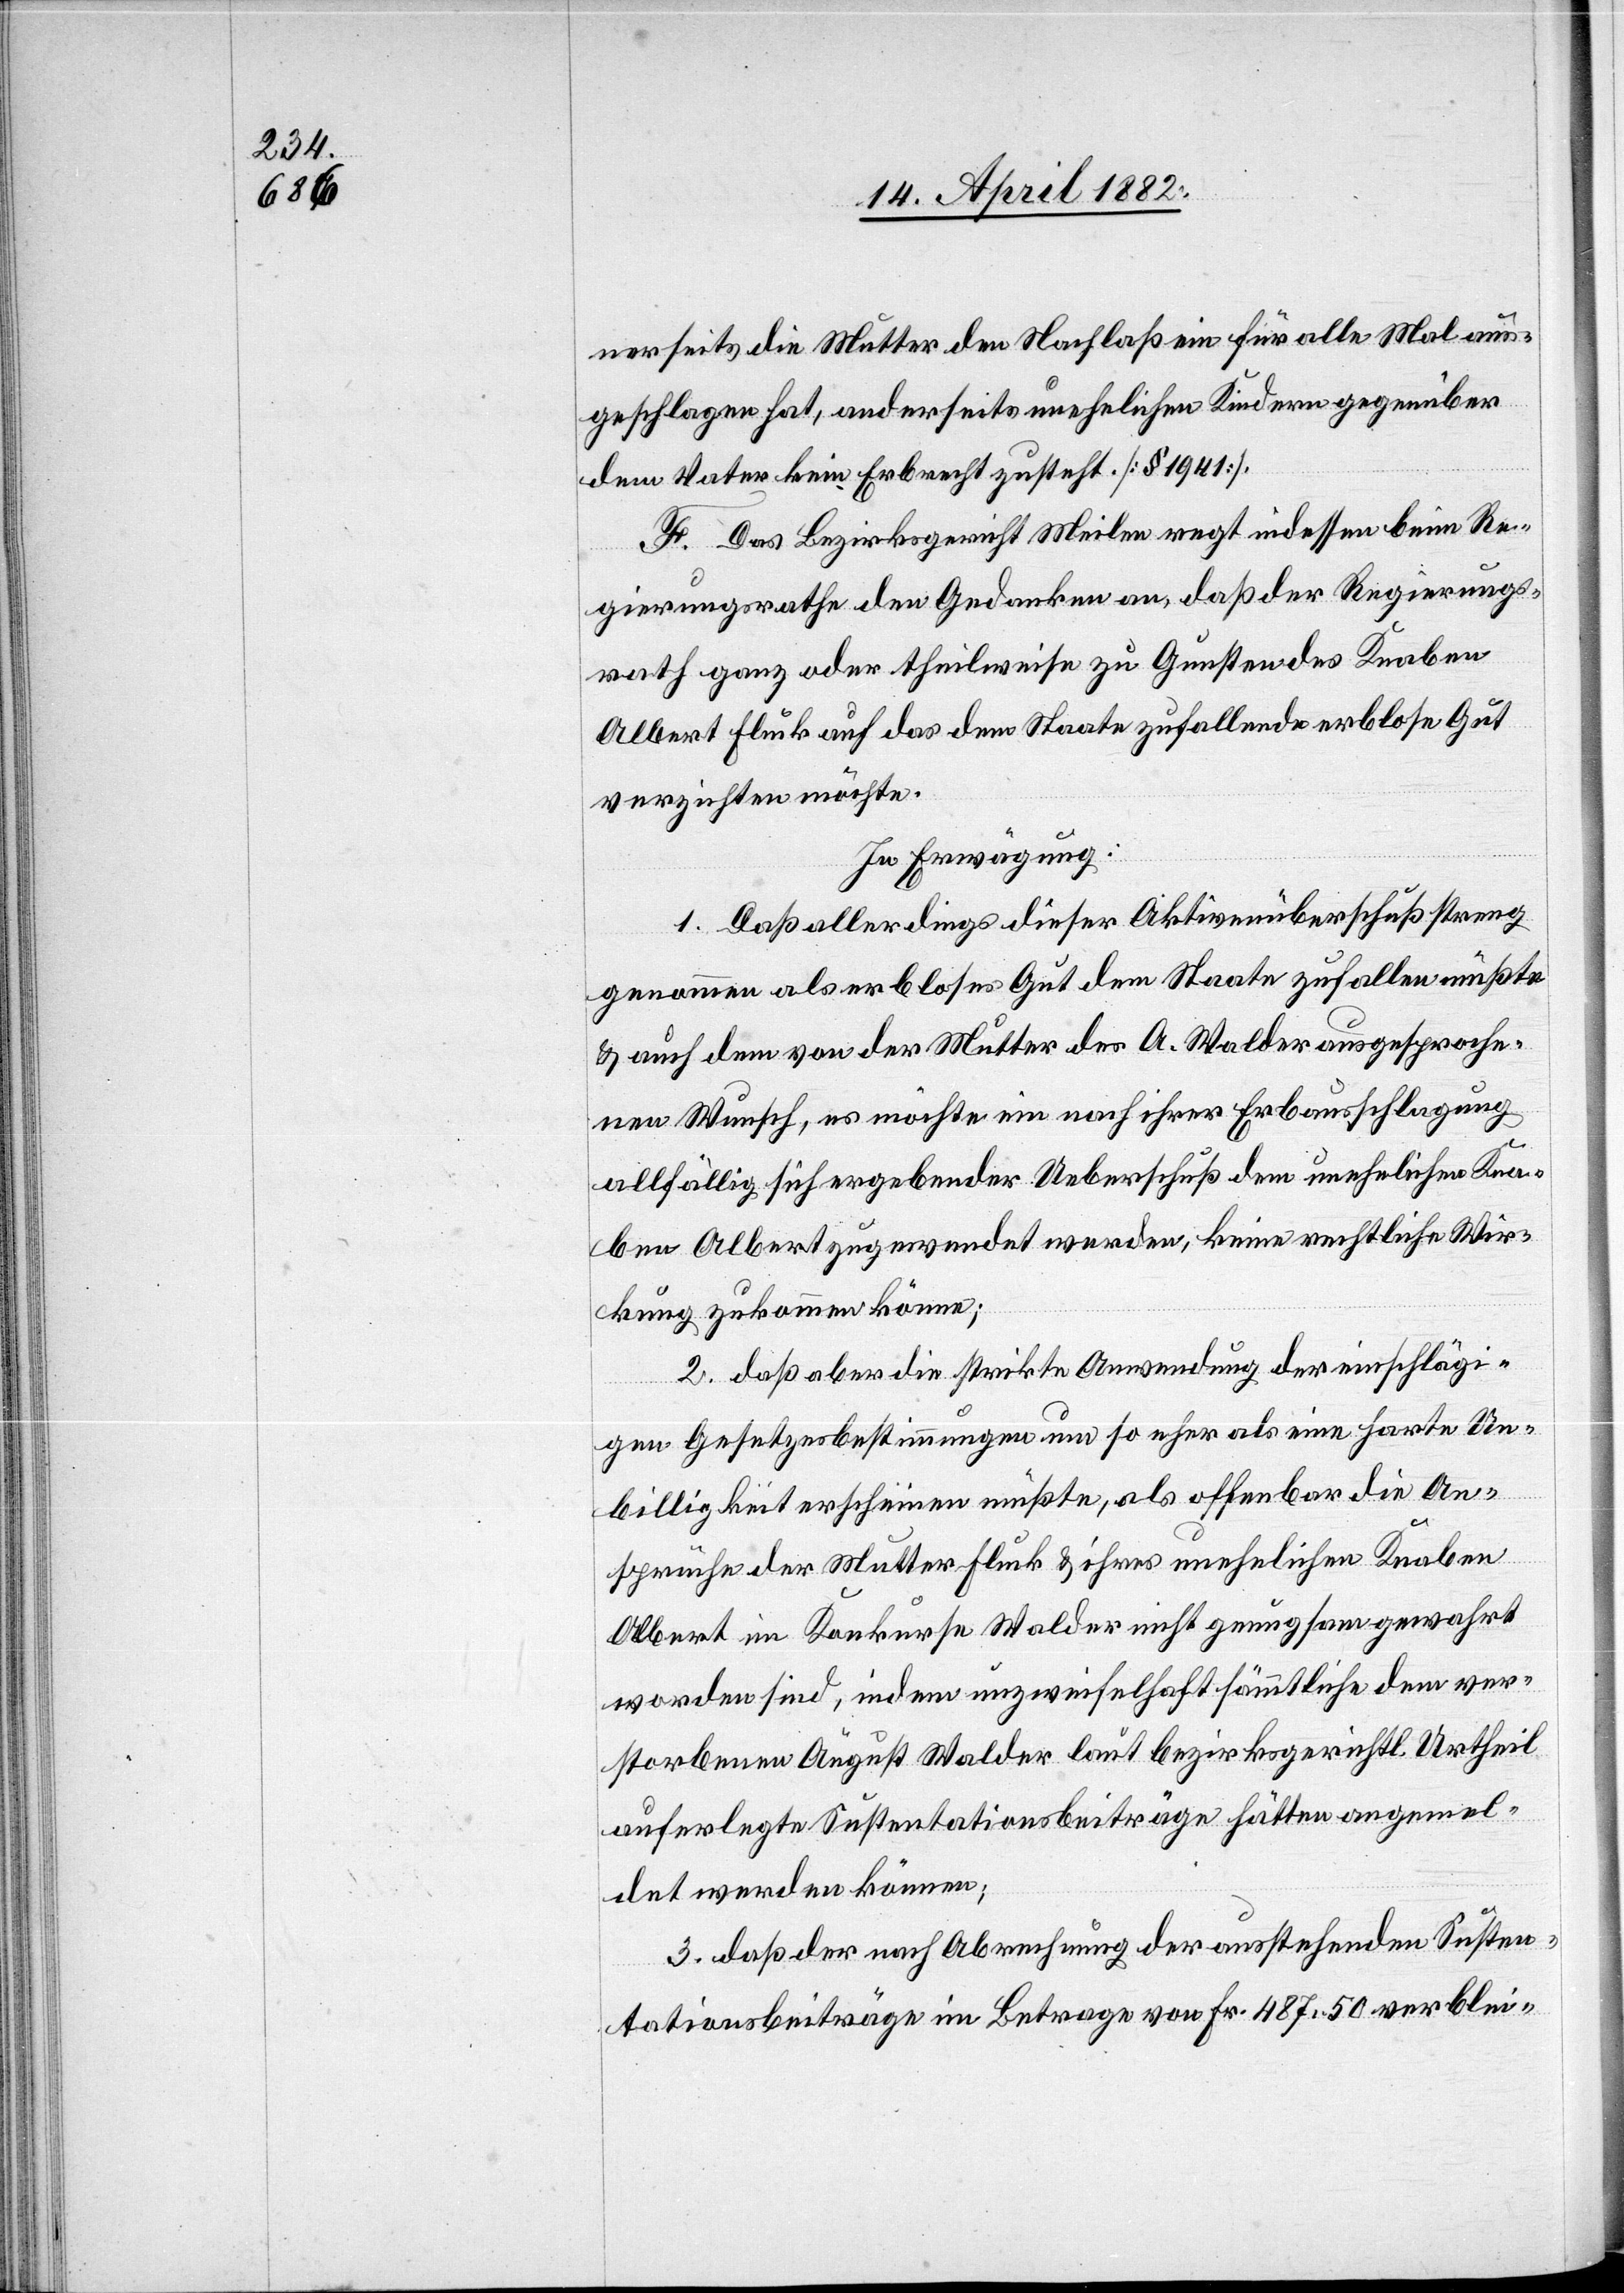
nerseits die Mutter den Nachlaß ein für alle Mal aus¬
geschlagen hat, anderseits unehelichen Kindern gegenüber
dem Vater kein Erbrecht zusteht. [§ 1941].
F. Das Bezirksgericht Meilen regt indessen beim Re¬
gierungsrathe den Gedanken an, daß der Regierungs¬
rath ganz oder theilweise zu Gunsten des Knaben
Albert Fluck auf das dem Staate zufallende erblose Gut
verzichten möchte.
In Erwägung:
1. Daß allerdings dieser Aktivenüberschuß streng
genommen als erbloses Gut dem Staate zufallen müßte
& auch dem von der Mutter des A. Walder ausgesproche¬
nen Wunsch, es möchte ein nach ihrer Erbausschlagung
allfällig sich ergebender Ueberschuß dem unehelichen Kna¬
ben Albert zugewendet werden, keine rechtliche Wir¬
kung zukommen könne;
2. daß aber die strikte Anwendung der einschlägi¬
gen Gesetzesbestimmungen um so eher als eine harte Un¬
billigkeit erscheinen müßte, als offenbar die An¬
sprüche der Mutter Fluck & ihres unehelichen Knaben
Albert im Konkurse Walder nicht genugsam gewahrt
worden sind, indem unzweifelhaft sämmtliche dem ver¬
storbenen August Walder laut bezirksgerichtl. Urtheil
auferlegte Sustentationsbeiträge hätten angemel¬
det werden können;
3. daß der nach Abrechnung der ausstehenden Susten¬
tationsbeiträge im Betrage von Fr. 487 50 verblei-